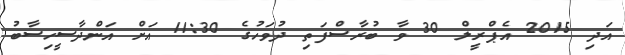
އަދި 2015 އެޕްރީލް 30 ވާ ބުރާސްފަތި ދުވަހުގެ 11:30 އަށް އަންދާސީހިސާބު